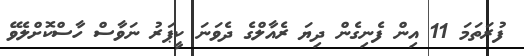
ފުރަތަމަ 11 އިން ފެނިގެން ދިޔަ ރެއާލްގެ ދެވަނަ ކީޕަރު ނަވާސް ހާސްކޮށްލެވޭ